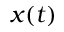
x ( t )